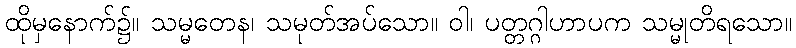
ထိုမှနောက်၌။ သမ္မတေန၊ သမုတ်အပ်သော။ ဝါ၊ ပတ္တဂ္ဂါဟာပက သမ္မုတိရသော။